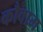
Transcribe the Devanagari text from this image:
कौवाम